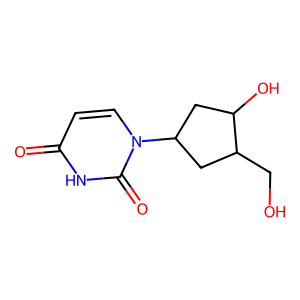
SMILES: O=c1ccn(C2CC(O)C(CO)C2)c(=O)[nH]1
Inhibits HIV replication: No